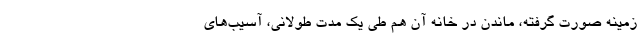
زمینه صورت گرفته، ماندن در خانه آن هم طی یک مدت طولانی، آسیب‌های